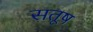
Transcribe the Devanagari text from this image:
सतूष